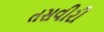
તસવીરી